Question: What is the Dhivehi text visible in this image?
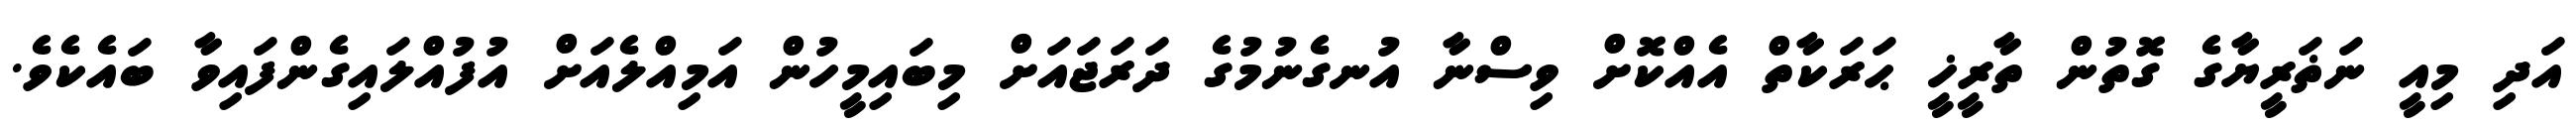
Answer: އަދި މިއީ ނަޡަރީޔާގެ ގޮތުން ތާރީޚީ ޙަރަކާތް އެއްކޮށް ވިސްނާ އުނގެނުމުގެ ދަރަޖައަށް މިބައިމީހުން އަމިއްލެއަށް އުފުއްލައިގެންފައިވާ ބައެކެވެ.